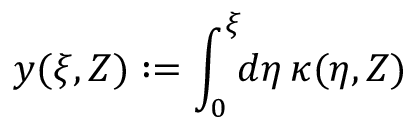
y ( \xi , Z ) : = \int _ { 0 } ^ { \xi } \! \! d \eta \, \kappa ( \eta , Z )